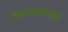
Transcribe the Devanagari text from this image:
विश्वासरावांनी